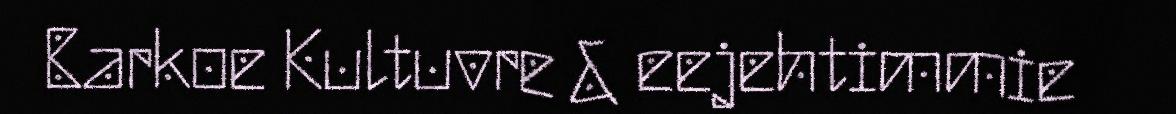
Barkoe Kultuvre & eejehtimmie